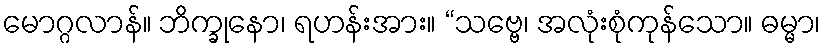
မောဂ္ဂလာန်။ ဘိက္ခုနော၊ ရဟန်းအား။ “သဗ္ဗေ၊ အလုံးစုံကုန်သော။ ဓမ္မာ၊